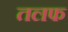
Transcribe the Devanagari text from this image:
तलफ